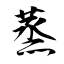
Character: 蒸